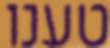
טענו